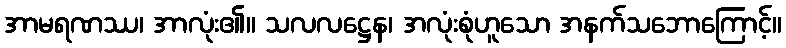
အာမရဏဿ၊ အာလုံး၏။ သလလဋ္ဌေန၊ အလုံးစုံဟူသော အနက်သဘောကြောင့်။